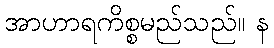
အာဟာရကိစ္စမည်သည်။ န